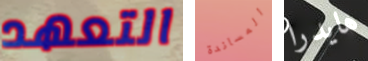
التعهد المساندة هايدرا